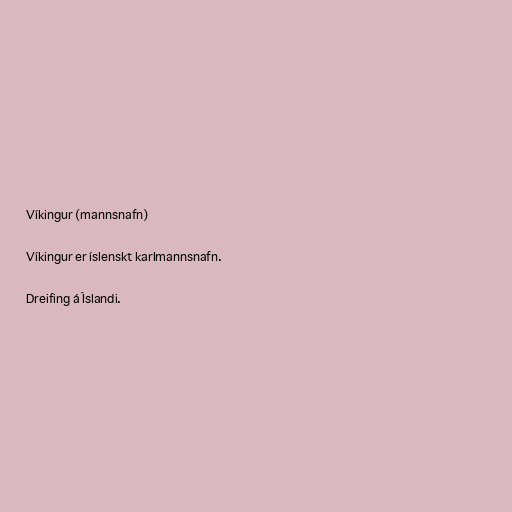
Víkingur (mannsnafn)

Víkingur er íslenskt karlmannsnafn.

Dreifing á Íslandi.